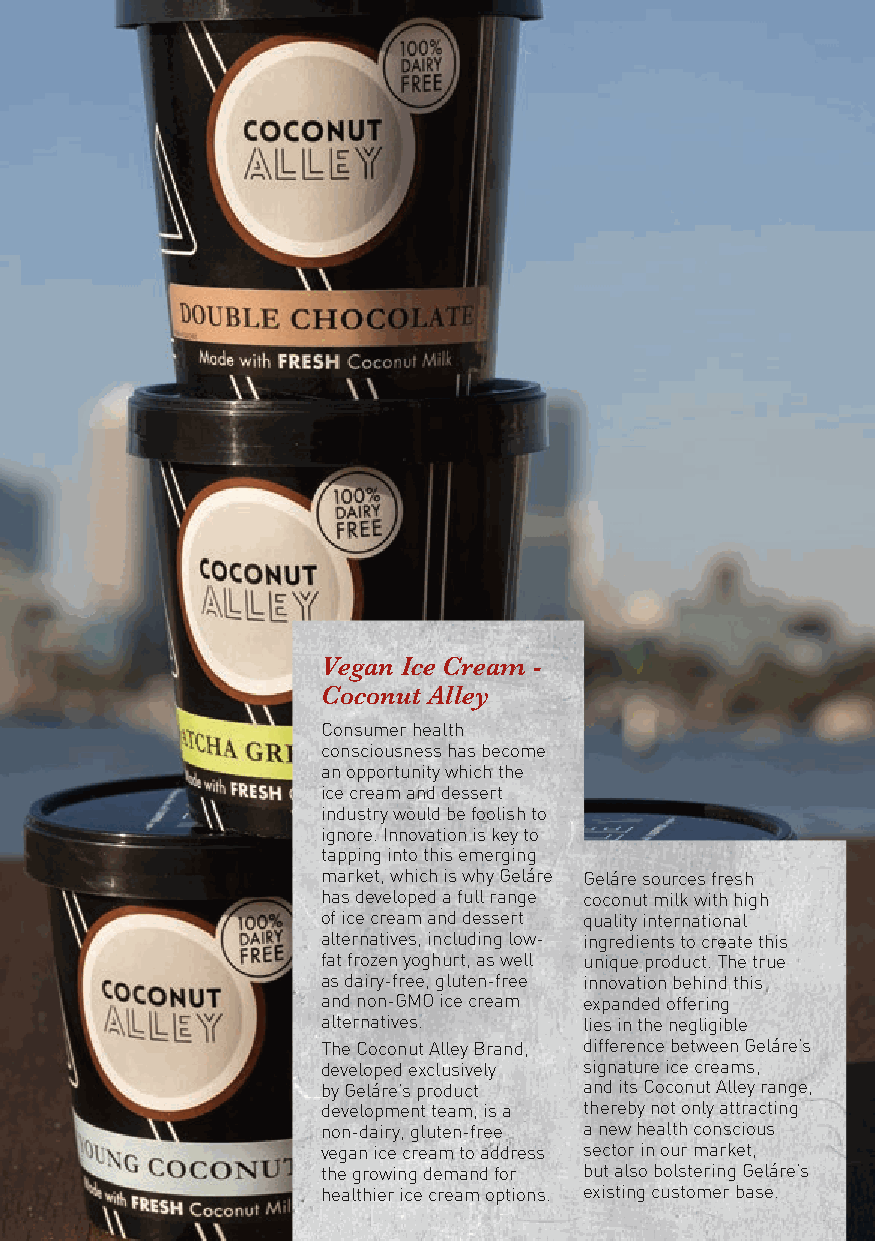
Vegan Ice Cream -
 Coconut Alley
 Consumer health
 consciousness has become
 an opportunity which the
 ice cream and dessert
 industry would be foolish to
 ignore. Innovation is key to
 tapping into this emerging
 market, which is why Geláre Geláre sources fresh
 has developed a full range coconut milk with high
 of ice cream and dessert quality international
 alternatives, including low- ingredients to create this
 fat frozen yoghurt, as well unique product. The true
 as dairy-free, gluten-free innovation behind this
 and non-GMO ice cream expanded offering
 alternatives.     lies in the negligible
 The Coconut Alley Brand, difference between Geláre’s
 developed exclusively signature ice creams,
 by Geláre’s product and its Coconut Alley range,
 development team, is a thereby not only attracting
 non-dairy, gluten-free a new health conscious
 vegan ice cream to address sector in our market,
 the growing demand for but also bolstering Geláre’s
 healthier ice cream options. existing customer base.